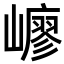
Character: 𡽟